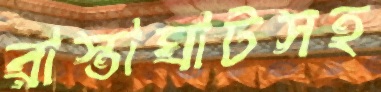
রাস্তাঘাটসহ